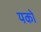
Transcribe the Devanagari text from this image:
यको